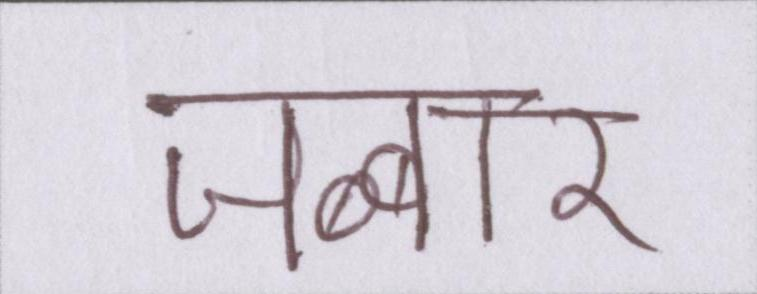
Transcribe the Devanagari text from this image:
जब्बार